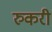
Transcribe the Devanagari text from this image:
रुकरी